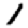
Digit: 1